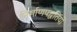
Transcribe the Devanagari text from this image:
निर्माणपद्धतियों